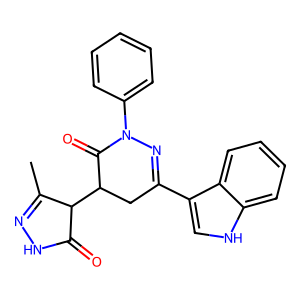
SMILES: CC1=NNC(=O)C1C1CC(c2c[nH]c3ccccc23)=NN(c2ccccc2)C1=O
Inhibits HIV replication: No